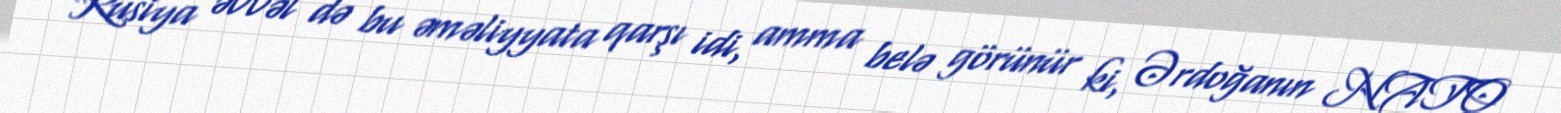
Rusiya əvvəl də bu əməliyyata qarşı idi, amma belə görünür ki, Ərdoğanın NATO